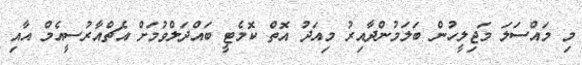
މި މައްސަލަ މަޖިލީހުން ބަލަމުންދާއިރު މިއަދު އޮތް ކޮމެޓީ ބައްދަލްވުމަށް އެޗްއާރުސީއެމް އާއި